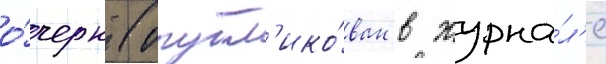
о́черк (опубл'ико́ван в журна́л'е